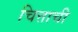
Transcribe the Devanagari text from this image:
चित्ताची